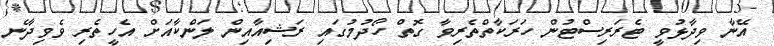
އޭނާ ވިދާޅުވީ ޓެރަރިސްޓުން ހަރަކާތްތެރިވާ ގޮތް ހޯދުމުގައި ރަޝިއާއިން ލަންކާއަށް އެހީތެރި ވެވިދާނެ